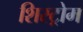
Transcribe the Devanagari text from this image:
शिस्ट्रोम